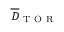
\overline { { D } } _ { \mathrm { ~ T ~ O ~ R ~ } }